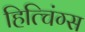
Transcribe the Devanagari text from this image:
हित्चिंग्स